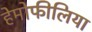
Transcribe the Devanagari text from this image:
हेमोफीलिया